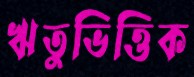
ঋতুভিত্তিক